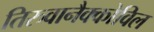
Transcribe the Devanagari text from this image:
तिरुवानैक्कोविल